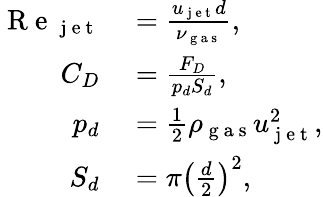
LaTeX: \begin{array}{rl}{\mathrm{~R~e~}_{\mathrm{~j~e~t~}}}&{{}=\frac{u_{\mathrm{~j~e~t~}}d}{\nu_{\mathrm{~g~a~s~}}},}\\ {C_{D}}&{{}=\frac{F_{D}}{p_{d}S_{d}},}\\ {p_{d}}&{{}=\frac{1}{2}\rho_{\mathrm{~g~a~s~}}u_{\mathrm{~j~e~t~}}^{2},}\\ {S_{d}}&{{}=\pi\left(\frac{d}{2}\right)^{2},}\end{array}